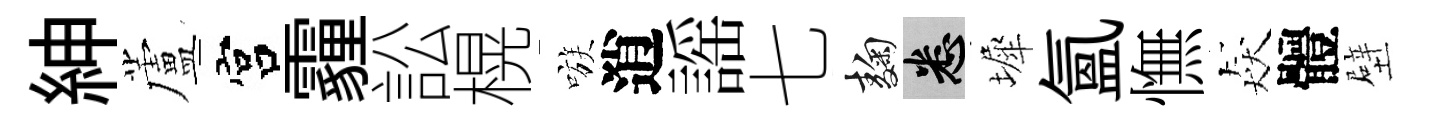
紳蘆宫霾訟榥嗾逍謡七麹悉墀氳憮猋體壁